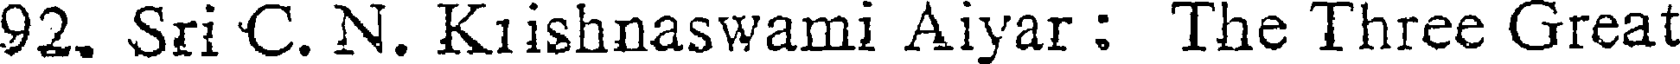
92. Sri C. N. Kiishnaswami Aiyar : The Three Great